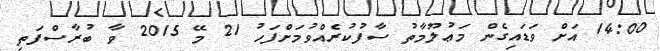
14:00 އަށް ވަޑައިގެން މަޢުލޫމާތު ސާފުކުރެއްވުމަށްފަހު 21 މޭ 2015 ވާ ބުރާސްފަތި